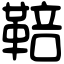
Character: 鞛